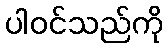
ပါဝင်သည်ကို